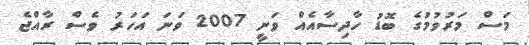
މަސް މަރުވުމުގެ ބޮޑު ހާދިސާއެއް ވަނީ 2007 ވަނަ އަހަރު ވެސް ރާއްޖެ